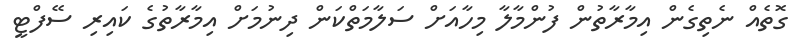
ގޮތެއް ނެތިގެން އިމާރާތުން ފުންމާލާ މިހާއަށް ސަލާމަތްކަން ދިނުމަށް އިމާރާތުގެ ކައިރި ސޭފްޓީ